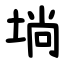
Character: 埫